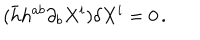
LaTeX: ( \bar { h } h ^ { a b } \partial _ { b } X ^ { i } ) \delta X ^ { i } = 0 \, .